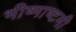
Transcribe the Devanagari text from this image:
भीष्माष्टमी